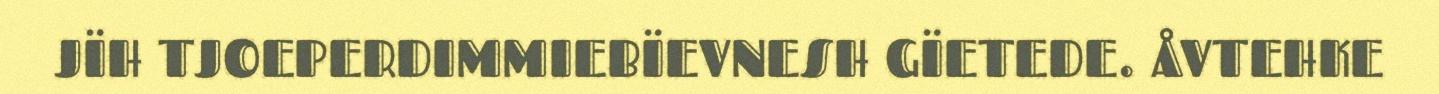
JÏH TJOEPERDIMMIEBÏEVNESH GÏETEDE. ÅVTEHKE